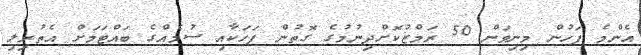
އެންމެ ފަހުން މިނިވަން 50 ރަމްޒުކޮށްދިނުމުގެ ގޮތުން ފަހަކާއި ސުމެއްގެ ބައްޓަމަށް އެތުރިލި